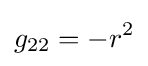
g_{22}=-r^{2}